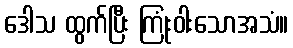
ဒေါသ ထွက်ပြီး ကြုံးဝါးသောအသံ။